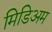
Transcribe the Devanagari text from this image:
मिडिअम